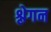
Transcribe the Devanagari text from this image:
श्लेगन